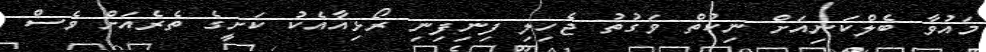
މައުވާ ބެލްކަނިއަށް ނިކުތް ވަގުތު ޖެހިލި ފިނިފިނި ރޯޅިއާއެކު ކަށީީގެ ތެރެއަށް ވެސް